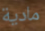
مادية